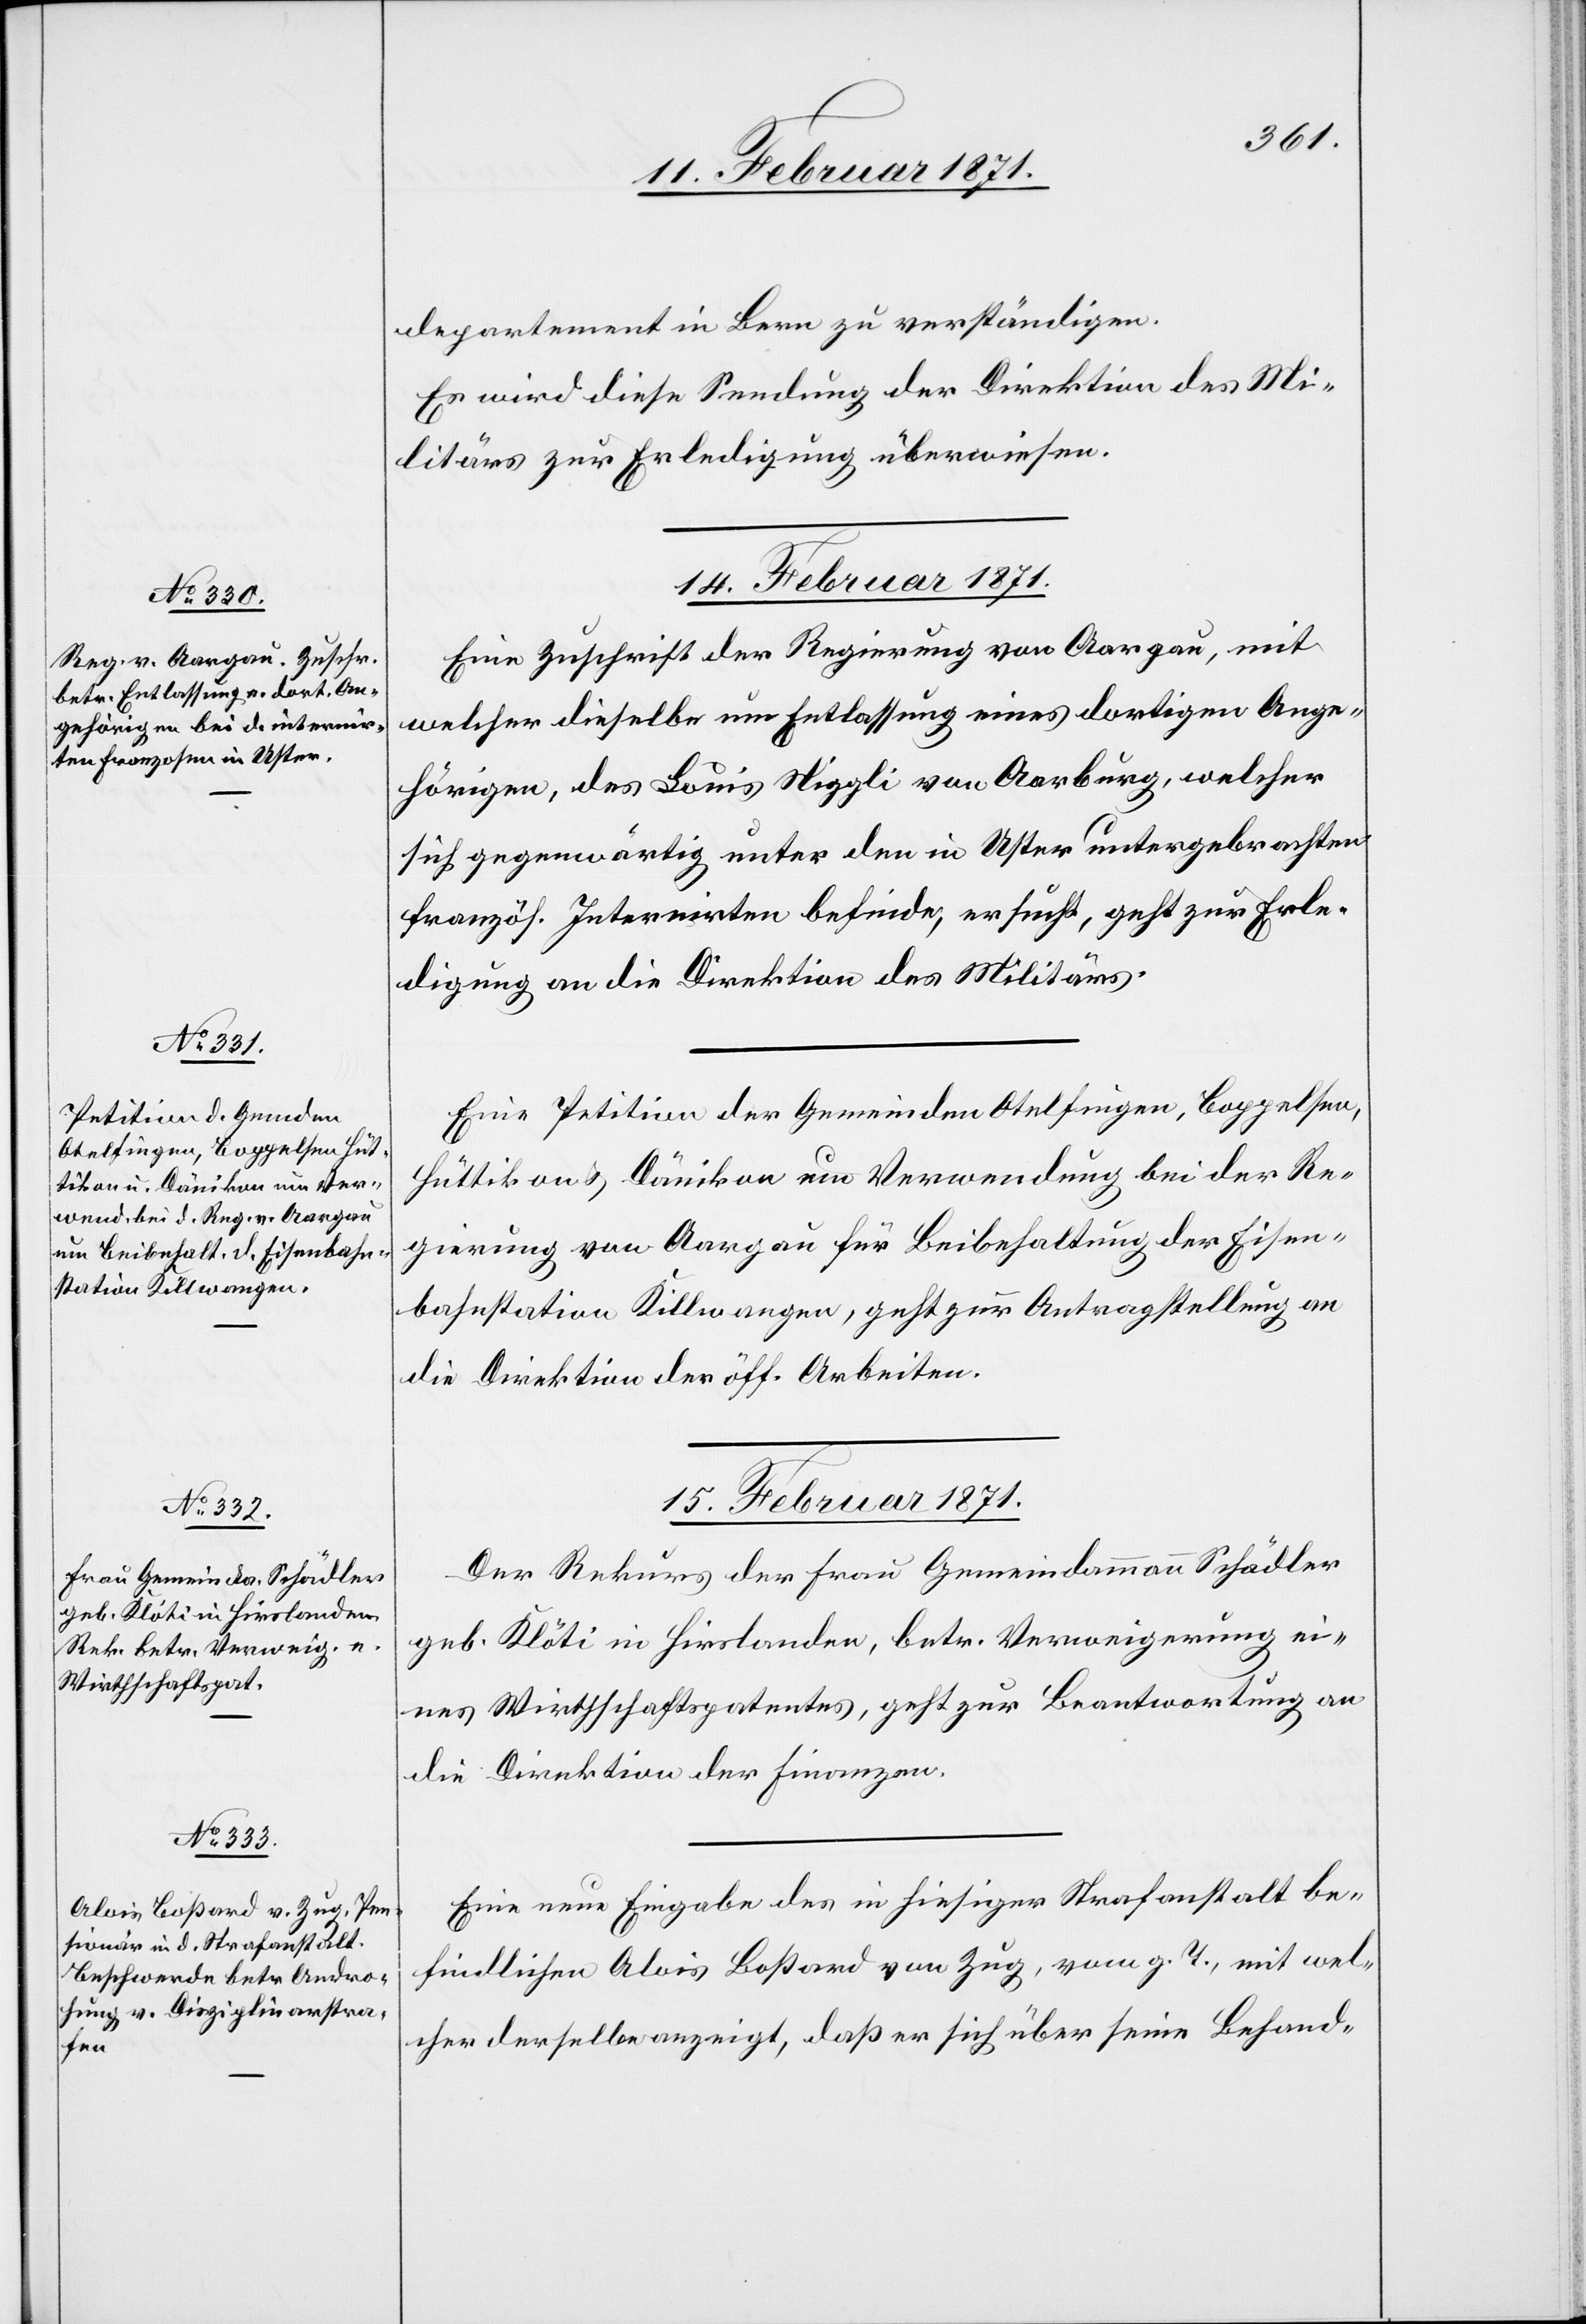
15. Februar 1871.]
departement in Bern zu verständigen.
Es wird diese Sendung der Direktion des Mi¬
litärs zur Erledigung überwiesen.
14. Februar 1871.]
Eine Zuschrift der Regierung von Aargau, mit
welcher dieselbe um Entlassung eines dortigen Ange¬
hörigen, des Louis Niggli von Aarburg, welcher
sich gegenwärtig unter den in Uster untergebrachten
französ. Internirten befinde, ersucht, geht zur Erle¬
digung an die Direktion des Militärs.
Eine Petition der Gemeinden Otelfingen, Boppelsen,
Hüttikon u. Dänikon um Verwendung bei der Re¬
gierung von Aargau für Beibehaltung der Eisen¬
bahnstation Killwangen, geht zur Antragstellung an
die Direktion der öff. Arbeiten.
15. Februar 1871.
Der Rekurs der Frau Gemeindammann Schädler
geb. Klöti in Hirslanden, betr. Verweigerung ei¬
nes Wirtschaftspatentes, geht zur Beantwortung an
die Direktion der Finanzen.
Eine neue Eingabe des in hiesiger Strafanstalt be¬
findlichen Alois Boßard von Zug, vom g. T. mit wel¬
cher derselbe anzeigt, daß er sich über seine Behand-